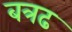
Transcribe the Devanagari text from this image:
बत्रढ